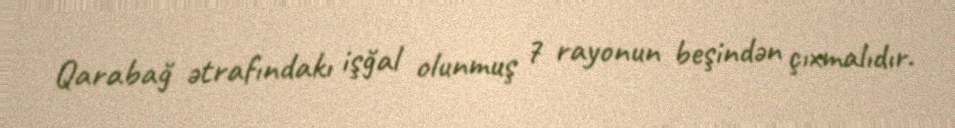
Qarabağ ətrafındakı işğal olunmuş 7 rayonun beşindən çıxmalıdır.